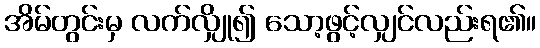
အိမ်တွင်းမှ လက်လျှို၍ သော့ဖွင့်လျှင်လည်းရ၏။